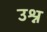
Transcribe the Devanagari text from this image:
उश्न